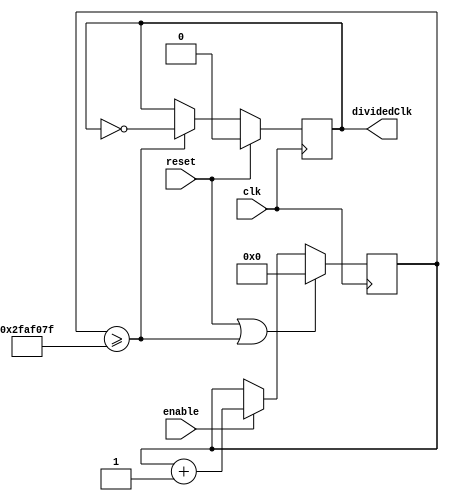
//integerClockDivider creates a 1kHz clock signal using the 100MHz input signal and incrementing up a reg, counter, every cycle
//of this master clock. By flipping the value of the reg dividedClk every time counter reaches 50_000_000 - 1, dividedClk
//will change with the equivalent of 1kHz of frequency. This is directly based on the code from Lab 2.

module integerClockDivider #(
    parameter integer THRESHOLD = 50_000_000
)(
    //clk is the 100MHz master clock
    input wire clk,
    input wire reset,
    input wire enable,
    output reg dividedClk
    );
    
    reg [31:0] counter;
    
    //When counter reaches the overflow value of THRESHOLD - 1, it is reset. Else, it is just incremented by 1.
    always @(posedge clk) begin
        if (reset == 1 || counter >= THRESHOLD - 1 ) begin
            counter = 0;
        end else if (enable == 1) begin
            counter = counter + 1;
        end
    end
    
    //Inversion of dividedClk when the overflow value of THRESHOLD - 1 is reached
    always @(posedge clk) begin
        if (reset == 1 ) begin
            dividedClk = 0;
        end else if (counter >= THRESHOLD - 1) begin
            dividedClk = ~dividedClk;
        end
    end
    
endmodule